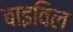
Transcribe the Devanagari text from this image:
बाइविल